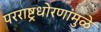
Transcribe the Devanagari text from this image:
परराष्ट्रधोरणांमुळे